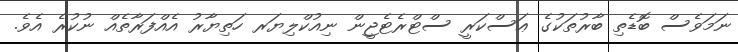
ނަމަވެސް ބޮޑެތި ބާރުތަކުގެ ޢަސްކަރީ ސްޓްރެޓެޖީން ނިއުކްލިޔަރ ހަތިޔާރު އެއްފަރާތެއް ނުކުރެ އެވެ.